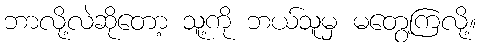
ဘာလို့လဲဆိုတော့ သူ့ကို ဘယ်သူမှ မတွေ့ကြလို့။